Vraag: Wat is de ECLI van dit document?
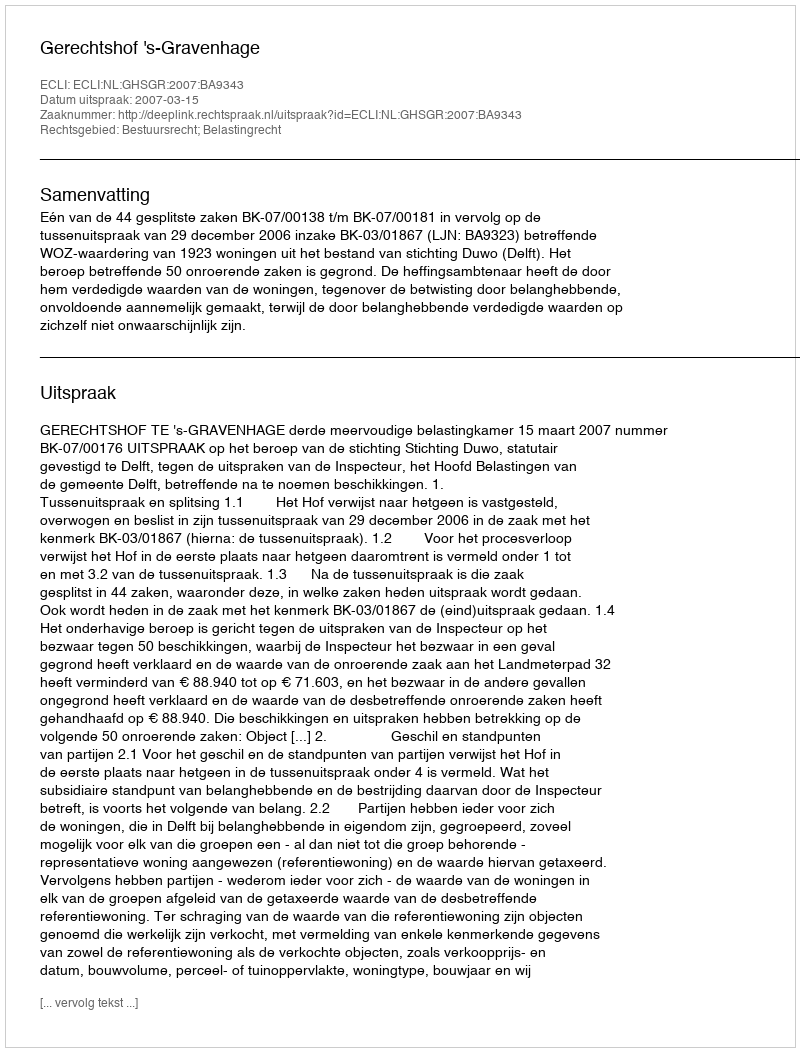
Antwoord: ECLI:NL:GHSGR:2007:BA9343